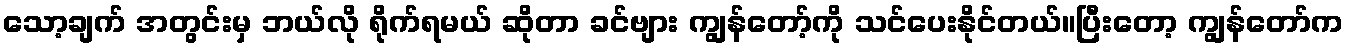
သော့ချက် အတွင်းမှ ဘယ်လို ရိုက်ရမယ် ဆိုတာ ခင်ဗျား ကျွန်တော့်ကို သင်ပေးနိုင်တယ်။ပြီးတော့ ကျွန်တော်က